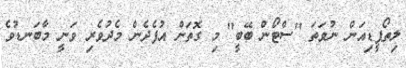
ލިތޯޕީޑިއަން ނުވަތަ "ސްޓޯން ބޭބީ" މި ގޮތަށް އުފެދެން މެދުވެރި ވަނީ މާބަނޑުވެ